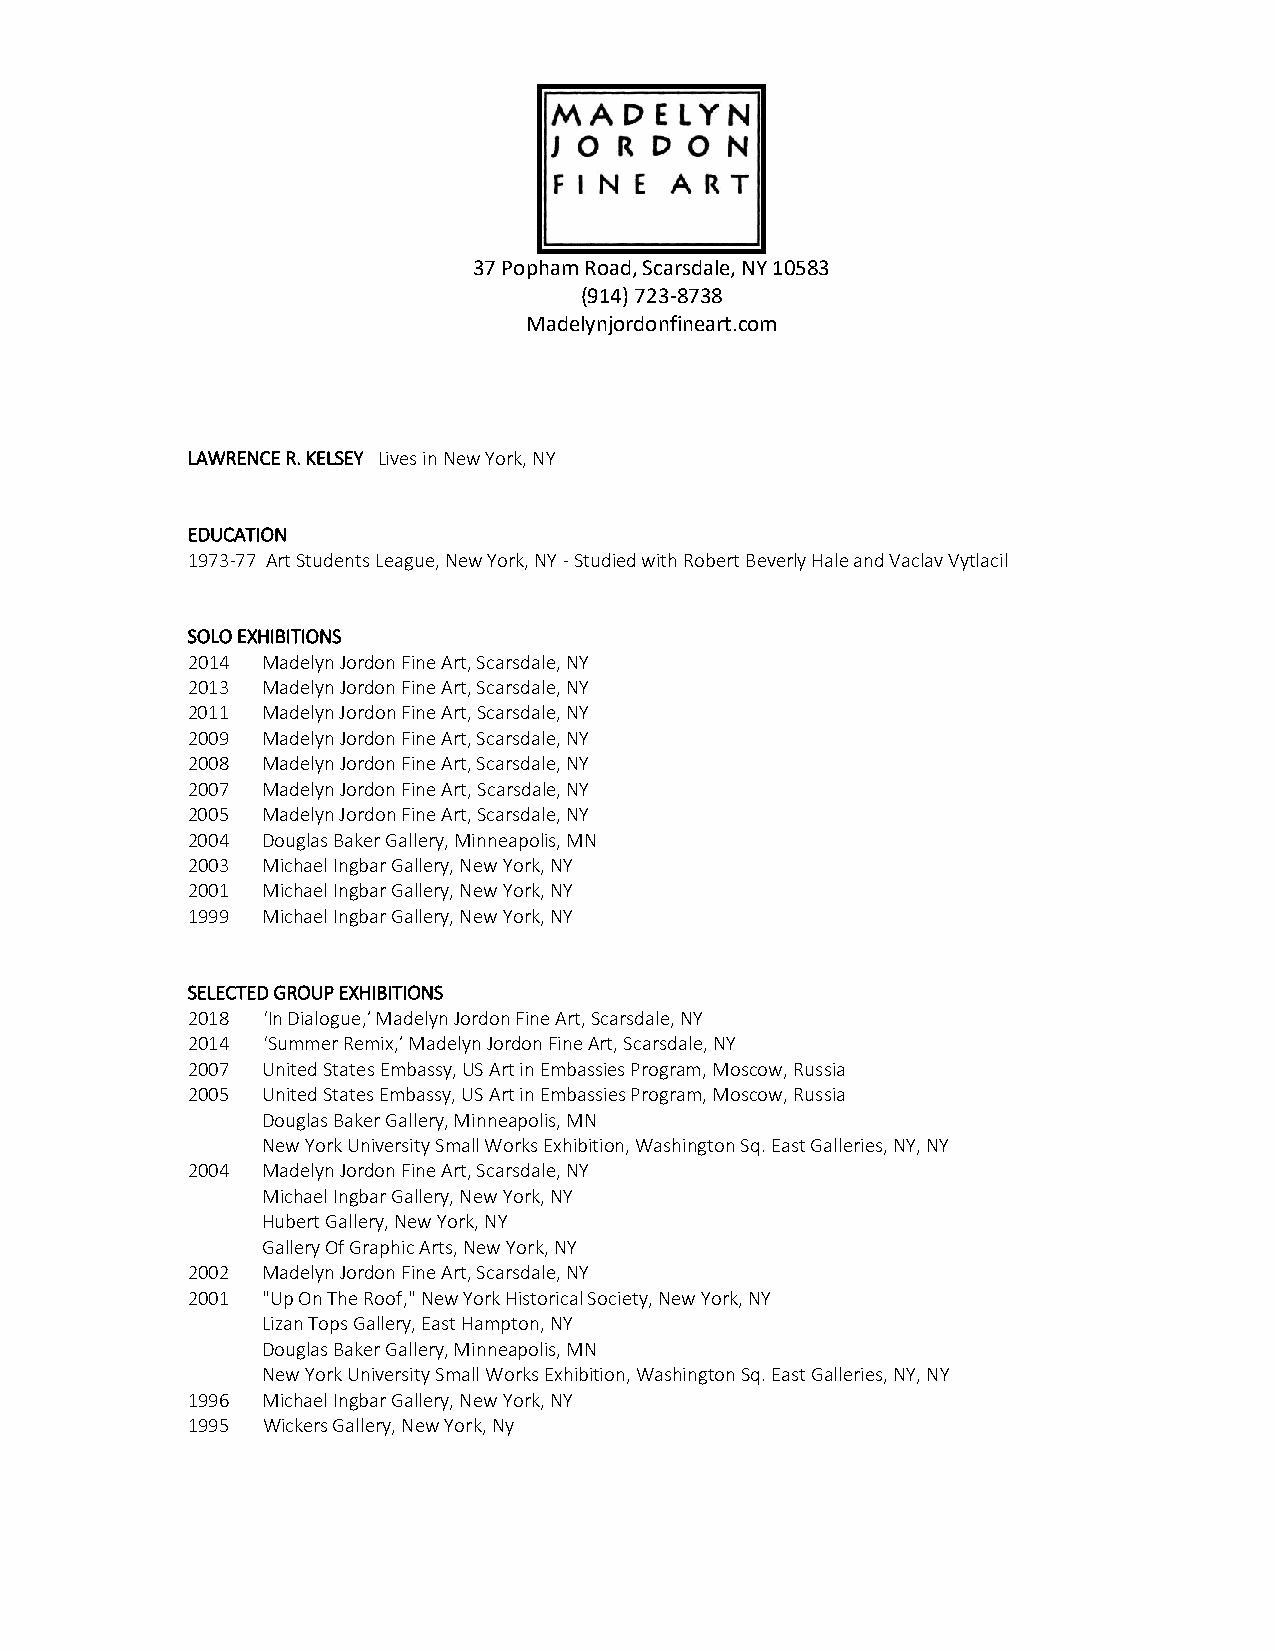
37 Popham Road, Scarsdale, NY 10583
 (914) 723-8738
 Madelynjordonfineart.com
 LAWRENCE R. KELSEY Lives in New York, NY
 EDUCATION
 1973-77 Art Students League, New York, NY - Studied with Robert Beverly Hale and Vaclav Vytlacil
 SOLO EXHIBITIONS
 2014 Madelyn Jordon Fine Art, Scarsdale, NY
 2013 Madelyn Jordon Fine Art, Scarsdale, NY
 2011 Madelyn Jordon Fine Art, Scarsdale, NY
 2009 Madelyn Jordon Fine Art, Scarsdale, NY
 2008 Madelyn Jordon Fine Art, Scarsdale, NY
 2007 Madelyn Jordon Fine Art, Scarsdale, NY
 2005 Madelyn Jordon Fine Art, Scarsdale, NY
 2004 Douglas Baker Gallery, Minneapolis, MN
 2003 Michael Ingbar Gallery, New York, NY
 2001 Michael Ingbar Gallery, New York, NY
 1999 Michael Ingbar Gallery, New York, NY
 SELECTED GROUP EXHIBITIONS
 2018 ‘In Dialogue,’ Madelyn Jordon Fine Art, Scarsdale, NY
 2014 ‘Summer Remix,’ Madelyn Jordon Fine Art, Scarsdale, NY
 2007 United States Embassy, US Art in Embassies Program, Moscow, Russia
 2005 United States Embassy, US Art in Embassies Program, Moscow, Russia
 Douglas Baker Gallery, Minneapolis, MN
 New York University Small Works Exhibition, Washington Sq. East Galleries, NY, NY
 2004 Madelyn Jordon Fine Art, Scarsdale, NY
 Michael Ingbar Gallery, New York, NY
 Hubert Gallery, New York, NY
 Gallery Of Graphic Arts, New York, NY
 2002 Madelyn Jordon Fine Art, Scarsdale, NY
 2001 "Up On The Roof," New York Historical Society, New York, NY
 Lizan Tops Gallery, East Hampton, NY
 Douglas Baker Gallery, Minneapolis, MN
 New York University Small Works Exhibition, Washington Sq. East Galleries, NY, NY
 1996 Michael Ingbar Gallery, New York, NY
 1995 Wickers Gallery, New York, Ny